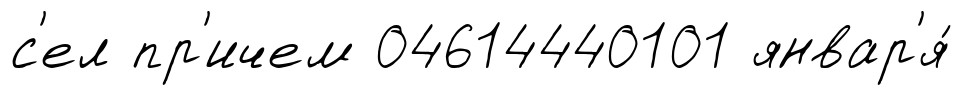
с'ел пр'ичем 04614440101 январ'я́